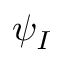
\psi _ { I }